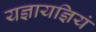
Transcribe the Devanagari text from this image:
यज्ञायज्ञियं